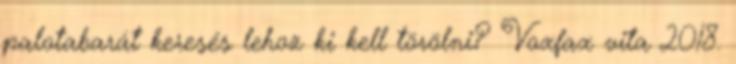
palotabarát keresés lehoz ki kell törölni? Voxfax vita 2018.